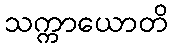
သက္ကာယောတိ